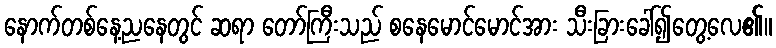
နောက်တစ်နေ့ညနေတွင် ဆရာ တော်ကြီးသည် စနေမောင်မောင်အား သီးခြားခေါ်၍တွေ့လေ၏။